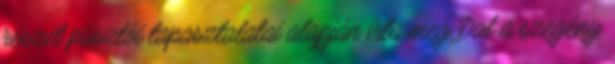
részét pásztói tapasztalatai alapján írta meg Dal a szegény